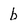
Character: b